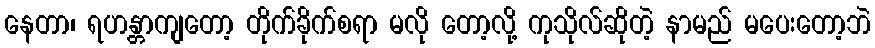
နေတာ၊ ရဟန္တာကျတော့ တိုက်ခိုက်စရာ မလို တော့လို့ ကုသိုလ်ဆိုတဲ့ နာမည် မပေးတော့ဘဲ